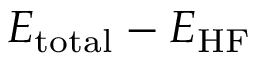
E _ { \mathrm { t o t a l } } - E _ { \mathrm { H F } }